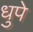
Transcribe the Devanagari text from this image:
धुपे